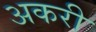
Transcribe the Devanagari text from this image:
अकरी